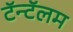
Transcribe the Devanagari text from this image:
टॅन्टॅलम